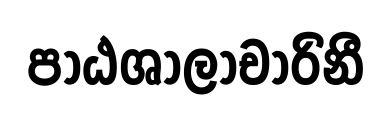
පාඨශාලාචාරිනී